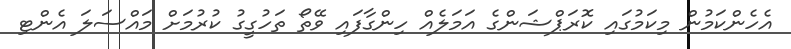
އެހެންކަމުން މިކަމުގައި ކޮރަޕްޝަންގެ އަމަލެއް ހިންގާފައި ވޭތޯ ތަހުގީގު ކުރުމަށް މައްސަލަ އެންޓި